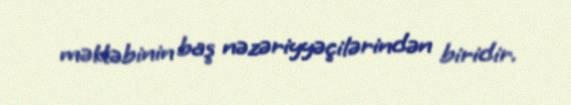
məktəbinin baş nəzəriyyəçilərindən biridir.